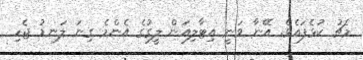
މެޗު ކުޅެފައެވެ. އޭނާ ވަނީ އިޓާލިއަން ލީގުގެ އެންމެ ގިނަ ލަނޑު ޖެހި